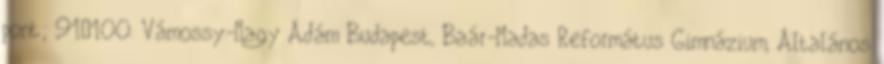
pont; 91–100. Vámossy-Nagy Ádám Budapest, Baár-Madas Református Gimnázium, Általános